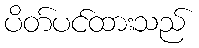
ပိတ်ပင်ထားသည်